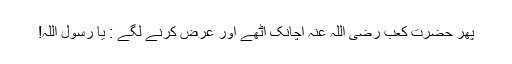
پھر حضرت کعب رضی اللہ عنہ اچانک اٹھے اور عرض کرنے لگے : یا رسول اللہ!